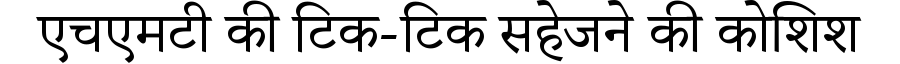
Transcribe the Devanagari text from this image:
एचएमटी की टिक-टिक सहेजने की कोशिश